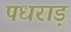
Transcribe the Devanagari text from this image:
पधराड़